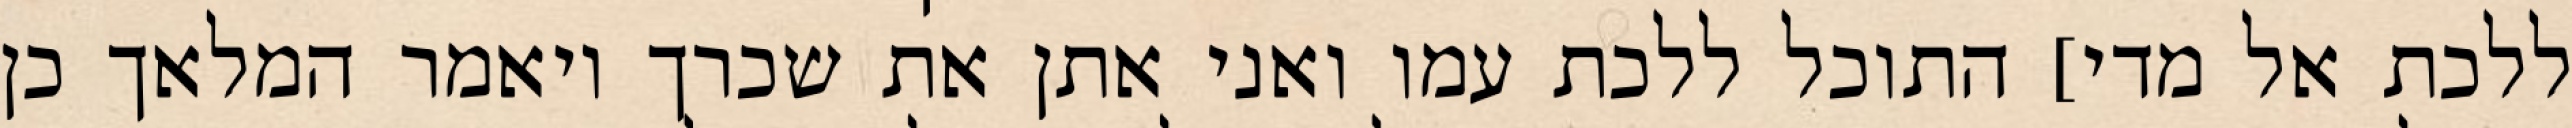
ללכת אל מדי] התוכל ללכת עמו ואני אתן את שכרך ויאמר המלאך כן